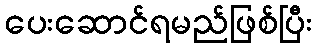
ပေးဆောင်ရမည်ဖြစ်ပြီး